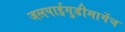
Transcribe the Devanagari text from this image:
जलपाईगुडीमार्गेच